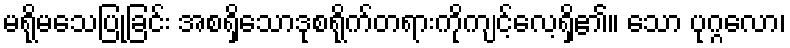
မရိုမသေပြုခြင်း အစရှိသောဒုစရိုက်တရားကိုကျင့်လေ့ရှိ၏။ သော ပုဂ္ဂလော၊